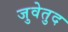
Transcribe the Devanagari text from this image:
जुवेतुद